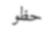
حظو